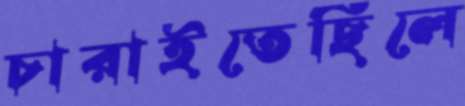
চারাইতেছিলে